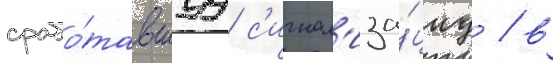
срабо́тавшуу с'игнал'иза́циу / в